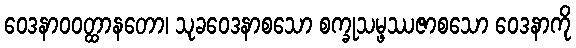
ဝေဒနာဝဝတ္ထာနတော၊ သုခဝေဒနာစသော စက္ခုသမ္ဖဿဇာစသော ဝေဒနာကို